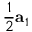
\frac { 1 } { 2 } \mathbf { a } _ { 1 }